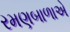
રમણબાળાએ